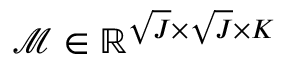
\mathcal { M } \in \mathbb { R } ^ { \sqrt { J } \times \sqrt { J } \times K }